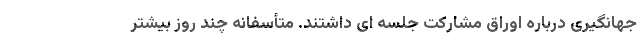
جهانگیری درباره اوراق مشارکت جلسه ای داشتند. متأسفانه چند روز بیشتر